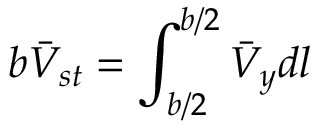
b \bar { V } _ { s t } = \int _ { b / 2 } ^ { b / 2 } \bar { V } _ { y } d l